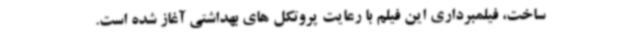
ساخت، فیلمبرداری این فیلم با رعایت پروتکل های بهداشتی آغاز شده است.